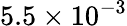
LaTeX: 5.5\times 10^{-3}